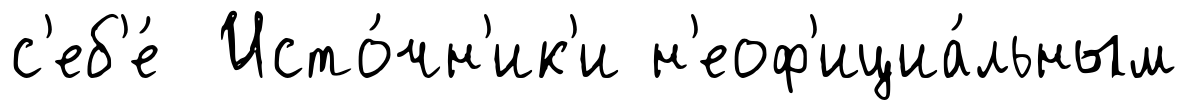
с'еб'е́ Исто́чн'ик'и н'еоф'ициа́льным